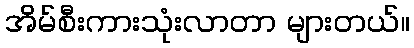
အိမ်စီးကားသုံးလာတာ များတယ်။